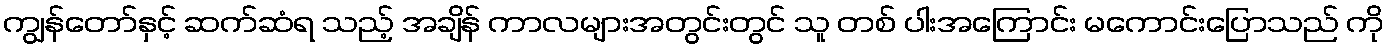
ကျွန်တော်နှင့် ဆက်ဆံရ သည့် အချိန် ကာလများအတွင်းတွင် သူ တစ် ပါးအကြောင်း မကောင်းပြောသည် ကို